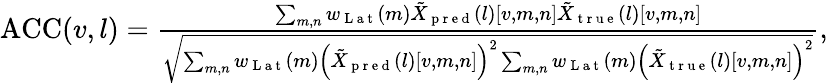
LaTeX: \begin{array}{r}{\mathrm{ACC}(v,l)=\frac{\sum_{m,n}w_{\mathrm{~L~a~t~}}(m)\tilde{{X}}_{\mathrm{~p~r~e~d~}}(l)\left[v,m,n\right]\tilde{{X}}_{\mathrm{~t~r~u~e~}}(l)\left[v,m,n\right]}{\sqrt{\sum_{m,n}w_{\mathrm{~L~a~t~}}(m)\left(\tilde{{X}}_{\mathrm{~p~r~e~d~}}(l)\left[v,m,n\right]\right)^{2}\sum_{m,n}w_{\mathrm{~L~a~t~}}(m)\left(\tilde{{X}}_{\mathrm{~t~r~u~e~}}(l)\left[v,m,n\right]\right)^{2}}},}\end{array}